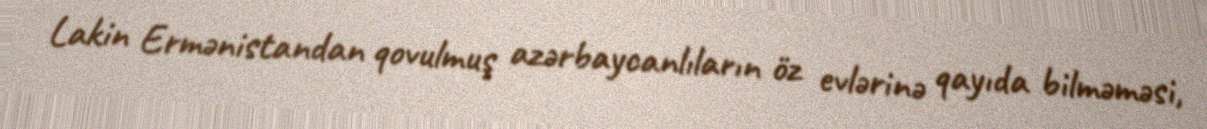
Lakin Ermənistandan qovulmuş azərbaycanlıların öz evlərinə qayıda bilməməsi,